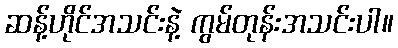
ဆန့်ဟိုင်အသင်းနဲ့ ကွမ်တုန်းအသင်းပါ။